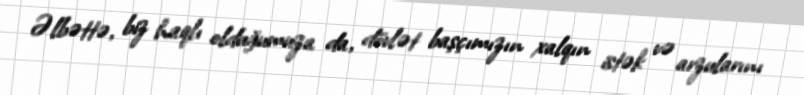
Əlbəttə, biz haqlı olduğumuza da, dövlət başçımızın xalqın istək və arzularını